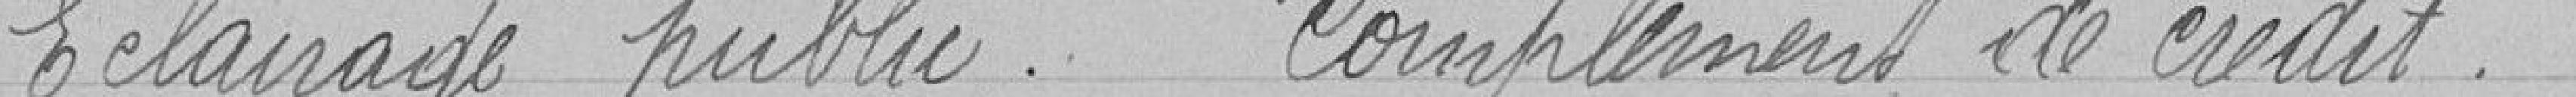
Éclairage public. Complément de crédit.